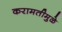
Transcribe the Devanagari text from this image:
करामतीमुळे